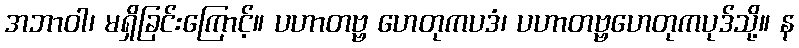
အဘာဝါ၊ မရှိခြင်းကြောင့်။ ပဟာတဗ္ဗ ဟေတုကပဒံ၊ ပဟာတဗ္ဗဟေတုကပုဒ်သို့။ န